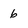
Character: 6